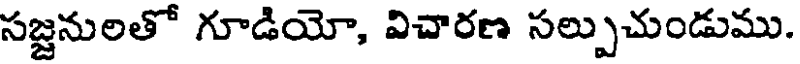
సజ్జనులతో గూడియో, విచారణ సల్పుచుండుము.